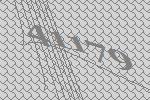
41179